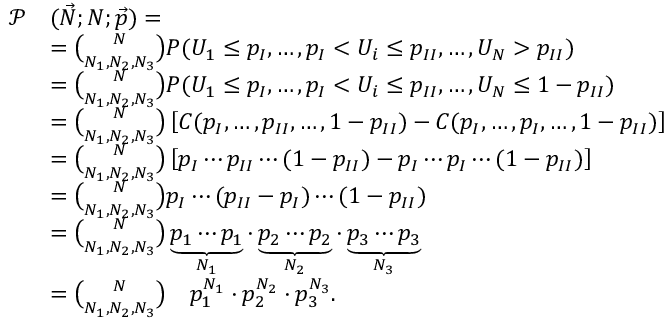
\begin{array} { r l } { \mathcal { P } } & { ( \vec { N } ; N ; \vec { p } ) = } \\ & { = \binom { N } { N _ { 1 } , N _ { 2 } , N _ { 3 } } P ( U _ { 1 } \leq p _ { I } , \dotsc , p _ { I } < U _ { i } \leq p _ { I I } , \dotsc , U _ { N } > p _ { I I } ) } \\ & { = \binom { N } { N _ { 1 } , N _ { 2 } , N _ { 3 } } P ( U _ { 1 } \leq p _ { I } , \dotsc , p _ { I } < U _ { i } \leq p _ { I I } , \dotsc , U _ { N } \leq 1 - p _ { I I } ) } \\ & { = \binom { N } { N _ { 1 } , N _ { 2 } , N _ { 3 } } \left[ C ( p _ { I } , \dotsc , p _ { I I } , \dotsc , 1 - p _ { I I } ) - C ( p _ { I } , \dotsc , p _ { I } , \dotsc , 1 - p _ { I I } ) \right] } \\ & { = \binom { N } { N _ { 1 } , N _ { 2 } , N _ { 3 } } \left[ p _ { I } \dotsm p _ { I I } \dotsm ( 1 - p _ { I I } ) - p _ { I } \dotsm p _ { I } \dotsm ( 1 - p _ { I I } ) \right] } \\ & { = \binom { N } { N _ { 1 } , N _ { 2 } , N _ { 3 } } p _ { I } \dotsm ( p _ { I I } - p _ { I } ) \dotsm ( 1 - p _ { I I } ) } \\ & { = \binom { N } { N _ { 1 } , N _ { 2 } , N _ { 3 } } \underbrace { p _ { 1 } \dotsm p _ { 1 } } _ { N _ { 1 } } \cdot \underbrace { p _ { 2 } \dotsm p _ { 2 } } _ { N _ { 2 } } \cdot \underbrace { p _ { 3 } \dotsm p _ { 3 } } _ { N _ { 3 } } } \\ & { = \binom { N } { N _ { 1 } , N _ { 2 } , N _ { 3 } } \quad p _ { 1 } ^ { N _ { 1 } } \cdot p _ { 2 } ^ { N _ { 2 } } \cdot p _ { 3 } ^ { N _ { 3 } } . } \end{array}